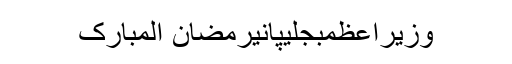
وزیراعظمبجلیپانیرمضان المبارک